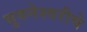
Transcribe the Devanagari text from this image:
भुवनेश्वरीचे